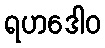
ရဟဒေါဝ